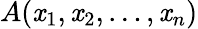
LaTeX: A(\mathit{x}_{1},\mathit{x}_{2},\ldots,\mathit{x}_{n})